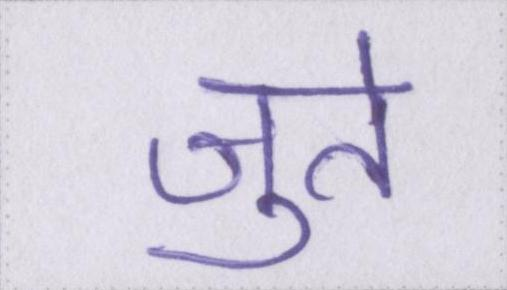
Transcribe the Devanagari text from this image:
जुते